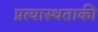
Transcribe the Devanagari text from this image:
प्रत्यास्थताकी